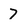
Character: 7